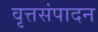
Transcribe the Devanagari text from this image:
वृत्तसंपादन